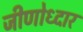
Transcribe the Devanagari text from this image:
जीणोध्दार